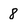
Character: 8